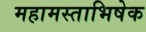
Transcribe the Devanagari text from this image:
महामस्ताभिषेक